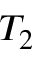
T _ { 2 }